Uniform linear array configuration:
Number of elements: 64
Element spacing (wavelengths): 0.25
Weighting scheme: binomial
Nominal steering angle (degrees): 45
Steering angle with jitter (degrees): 45.941
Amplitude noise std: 0.05
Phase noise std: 0.05

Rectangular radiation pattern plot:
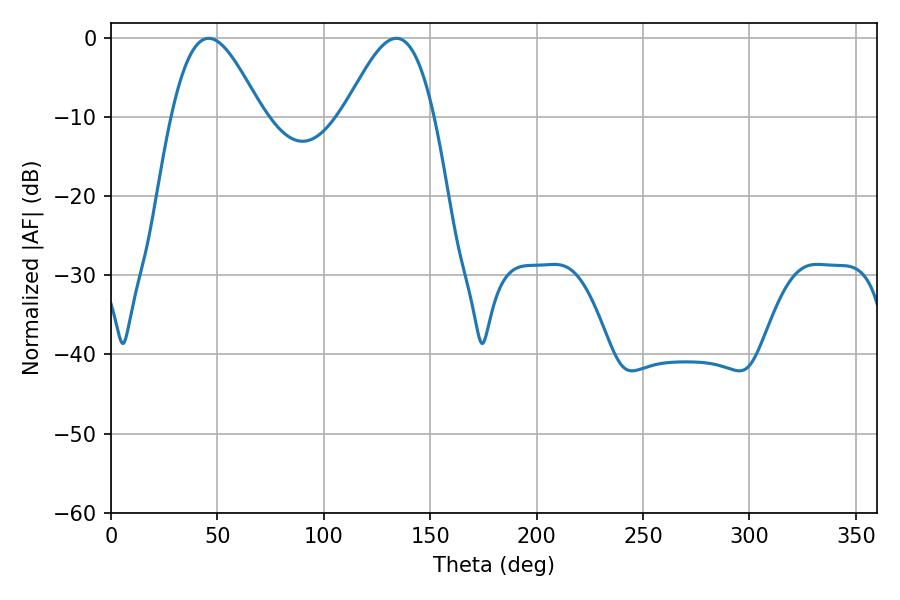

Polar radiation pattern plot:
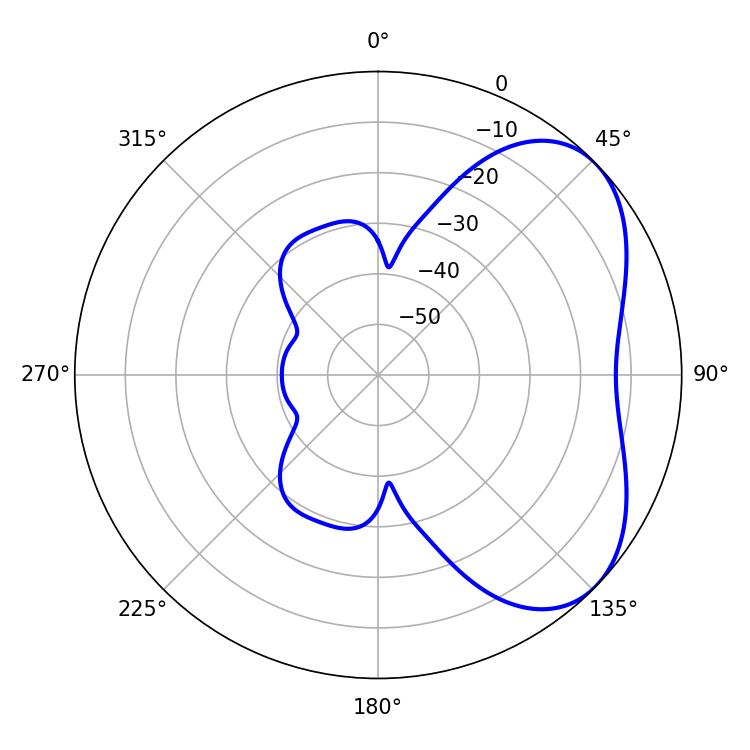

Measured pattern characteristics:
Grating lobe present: FALSE
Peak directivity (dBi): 4.759
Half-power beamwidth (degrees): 22.68
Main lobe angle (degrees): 45.9